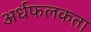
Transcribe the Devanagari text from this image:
अर्धफलकता